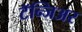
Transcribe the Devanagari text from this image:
टॅन्जिअर